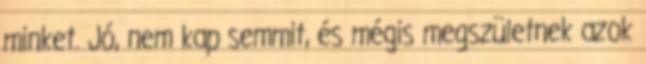
minket. Jó, nem kap semmit, és mégis megszületnek azok